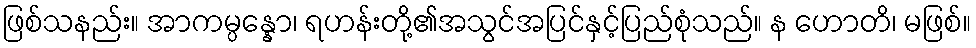
ဖြစ်သနည်း။ အာကမ္ပန္နော၊ ရဟန်းတို့၏အသွင်အပြင်နှင့်ပြည်စုံသည်။ န ဟောတိ၊ မဖြစ်။